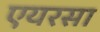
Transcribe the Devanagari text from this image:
एयरसा